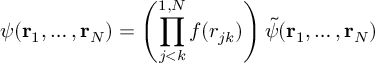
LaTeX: \psi ( { \bf r } _ { 1 } , \ldots , { \bf r } _ { N } ) = \left( \prod _ { j < k } ^ { 1 , N } f ( r _ { j k } ) \right) \tilde { \psi } ( { \bf r } _ { 1 } , \ldots , { \bf r } _ { N } )